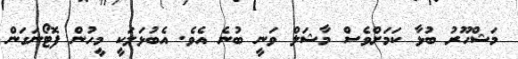
މަޝްހޫރު ބުޅާ ކަމަށްވެސް މާޝަލް ވަނީ ބުނެ އެވެ. އެބުޅަލަކީ މީހުން ފޮޓޯނަގަން